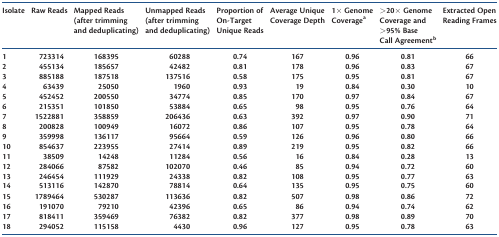
<table><thead><tr><td><b>Isolate</b></td><td><b>Raw Reads</b></td><td><b>Mapped Reads (after trimming and deduplicating)</b></td><td><b>Unmapped Reads (after trimming and deduplicating)</b></td><td><b>Proportion of On-Target Unique Reads</b></td><td><b>Average Unique Coverage Depth</b></td><td><b>1× Genome Coverage<sup>a</sup></b></td><td><b>&gt;20× Genome Coverage and &gt;95% Base Call Agreement<sup>b</sup></b></td><td><b>Extracted Open Reading Frames</b></td></tr></thead><tbody><tr><td>1</td><td>723314</td><td>168395</td><td>60288</td><td>0.74</td><td>167</td><td>0.96</td><td>0.81</td><td>66</td></tr><tr><td>2</td><td>455134</td><td>185657</td><td>42482</td><td>0.81</td><td>178</td><td>0.96</td><td>0.83</td><td>67</td></tr><tr><td>3</td><td>885188</td><td>187518</td><td>137516</td><td>0.58</td><td>175</td><td>0.95</td><td>0.81</td><td>67</td></tr><tr><td>4</td><td>63439</td><td>25050</td><td>1960</td><td>0.93</td><td>19</td><td>0.84</td><td>0.30</td><td>10</td></tr><tr><td>5</td><td>452452</td><td>200550</td><td>34774</td><td>0.85</td><td>170</td><td>0.97</td><td>0.84</td><td>67</td></tr><tr><td>6</td><td>215351</td><td>101850</td><td>53884</td><td>0.65</td><td>98</td><td>0.95</td><td>0.76</td><td>64</td></tr><tr><td>7</td><td>1522881</td><td>358859</td><td>206436</td><td>0.63</td><td>392</td><td>0.97</td><td>0.90</td><td>71</td></tr><tr><td>8</td><td>200828</td><td>100949</td><td>16072</td><td>0.86</td><td>107</td><td>0.95</td><td>0.78</td><td>64</td></tr><tr><td>9</td><td>359998</td><td>136117</td><td>95664</td><td>0.59</td><td>126</td><td>0.96</td><td>0.80</td><td>66</td></tr><tr><td>10</td><td>854637</td><td>223955</td><td>27414</td><td>0.89</td><td>219</td><td>0.95</td><td>0.82</td><td>66</td></tr><tr><td>11</td><td>38509</td><td>14248</td><td>11284</td><td>0.56</td><td>16</td><td>0.84</td><td>0.28</td><td>13</td></tr><tr><td>12</td><td>284066</td><td>87582</td><td>102070</td><td>0.46</td><td>85</td><td>0.94</td><td>0.72</td><td>60</td></tr><tr><td>13</td><td>246454</td><td>111929</td><td>24338</td><td>0.82</td><td>108</td><td>0.95</td><td>0.77</td><td>63</td></tr><tr><td>14</td><td>513116</td><td>142870</td><td>78814</td><td>0.64</td><td>135</td><td>0.95</td><td>0.75</td><td>60</td></tr><tr><td>15</td><td>1789464</td><td>530287</td><td>113636</td><td>0.82</td><td>507</td><td>0.98</td><td>0.86</td><td>72</td></tr><tr><td>16</td><td>191070</td><td>79210</td><td>42396</td><td>0.65</td><td>86</td><td>0.94</td><td>0.74</td><td>62</td></tr><tr><td>17</td><td>818411</td><td>359469</td><td>76382</td><td>0.82</td><td>377</td><td>0.98</td><td>0.89</td><td>70</td></tr><tr><td>18</td><td>294052</td><td>115158</td><td>4430</td><td>0.96</td><td>127</td><td>0.95</td><td>0.78</td><td>63</td></tr></tbody></table>